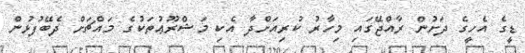
ޑީގެ އެހީގެ ދަށުން ރާއްޖޭގައި މިހާރު ކުރިއަށްދާ އެކި މަޝްރޫޢުތަކުގެ މައްޗަށް ދެބޭފުޅުން